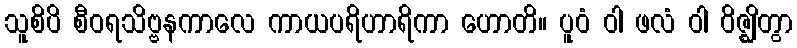
သူစိပိ စီဝရသိဗ္ဗနကာလေ ကာယပရိဟာရိကာ ဟောတိ။ ပူဝံ ဝါ ဖလံ ဝါ ဝိဇ္ဈိတွာ